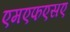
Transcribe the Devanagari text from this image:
एमएफएसए